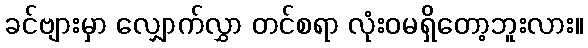
ခင်ဗျားမှာ လျှောက်လွှာ တင်စရာ လုံးဝမရှိတော့ဘူးလား။